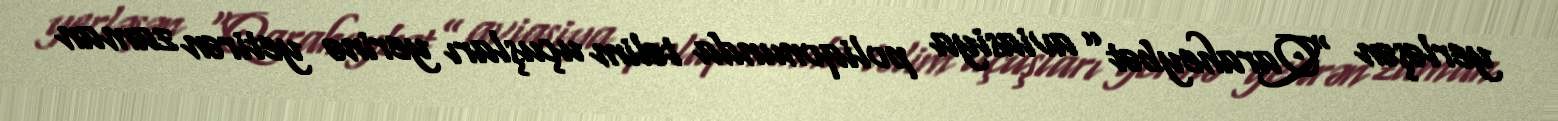
yerləşən “Qaraheybət” aviasiya poliqonunda təlim uçuşları yerinə yetirən zaman